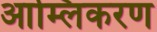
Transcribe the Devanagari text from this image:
आम्लिकरण